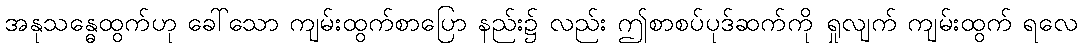
အနုသန္ဓေထွက်ဟု ခေါ်သော ကျမ်းထွက်စာပြော နည်း၌ လည်း ဤစာစပ်ပုဒ်ဆက်ကို ရှုလျက် ကျမ်းထွက် ရလေ